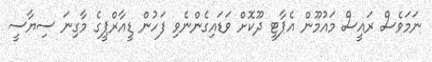
ނަމަވެސް ރައީސް މައުމޫން އެޕާޓީ ދޫކޮށް ވަޑައިގެންނެވި ފަހުން ޑީއާރްޕީގެ މާގިނަ ސިޔާސީ